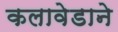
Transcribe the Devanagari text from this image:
कलावेडाने